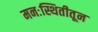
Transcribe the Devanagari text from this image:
मनःस्थितीतून